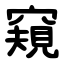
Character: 窺